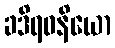
ခဒိရဝနိယော